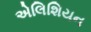
એલિશિયન